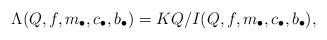
LaTeX: \begin{align*} \Lambda(Q,f,m_{\bullet},c_{\bullet},b_{\bullet}) = K Q / I (Q,f,m_{\bullet},c_{\bullet},b_{\bullet}),\end{align*}